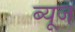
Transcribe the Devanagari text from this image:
ब्यूज